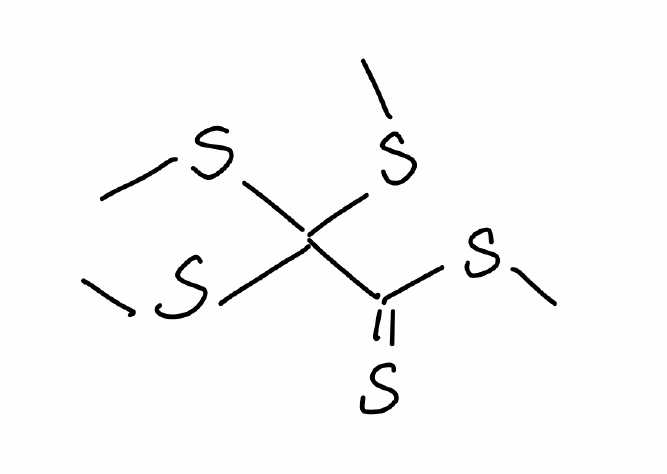
Simplified molecular-input line-entry system (SMILES) notation of the given molecule:
CSC(=S)C(SC)(SC)SC